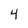
Character: 4